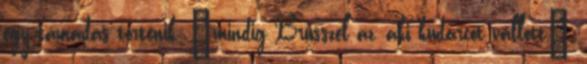
egy támadás történik, „mindig Brüsszel az, aki kudarcot vallott”,